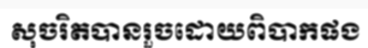
សុចរិតបានរួចដោយពិបាកផង